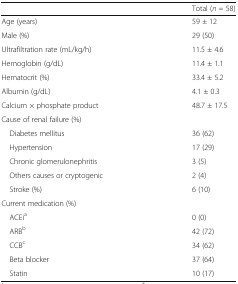
|  | Total (n = 58) |
 | --- | --- |
 | Age (years) | 59 ± 12 |
 | Male (%) | 29 (50) |
 | Ultrafiltration rate (mL/kg/h) | 11.5 ± 4.6 |
 | Hemoglobin (g/dL) | 11.4 ± 1.1 |
 | Hematocrit (%) | 33.4 ± 5.2 |
 | Albumin (g/dL) | 4.1 ± 0.3 |
 | Calcium × phosphate product | 48.7 ± 17.5 |
 | <COLSPAN=2> Cause of renal failure (%) |
 | Diabetes mellitus | 36 (62) |
 | Hypertension | 17 (29) |
 | Chronic glomerulonephritis | 3 (5) |
 | Others causes or cryptogenic | 2 (4) |
 | Stroke (%) | 6 (10) |
 | <COLSPAN=2> Current medication (%) |
 | ACEia | 0 (0) |
 | ARBb | 42 (72) |
 | CCBc | 34 (62) |
 | Beta blocker | 37 (64) |
 | Statin | 10 (17) |